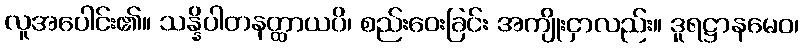
လူအပေါင်း၏။ သန္နိပါတနတ္ထာယပိ၊ စည်းဝေးခြင်း အကျိုးငှာလည်း။ ဒူရဋ္ဌာနမေဝ၊